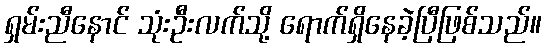
ရှမ်းညီနောင် သုံးဦးလက်သို့ ရောက်ရှိနေခဲ့ပြီဖြစ်သည်။